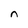
Character: n